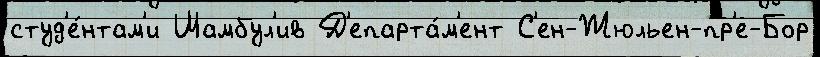
студ'е́нтам'и Шамбул'ив Д'епарта́м'ент С'ен-Жюльен-пр'е-Бор